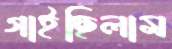
গাইছিলাম